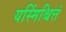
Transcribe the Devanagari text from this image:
यस्मिंश्चित्तं